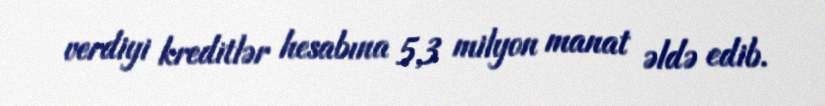
verdiyi kreditlər hesabına 5,3 milyon manat əldə edib.